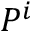
P ^ { i }